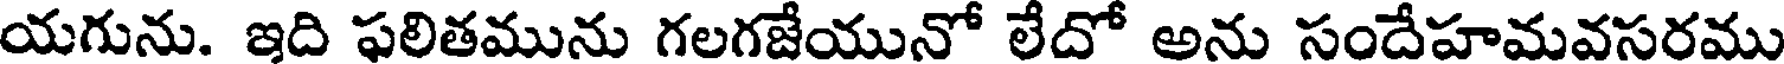
యగును. ఇది ఫలితమును గలగజేయునో లేదో అను సందేహమవసరము